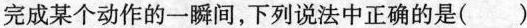
完成某个动作的一瞬间，下列说法中正确的是( )